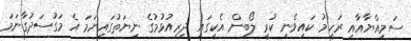
ސަމިއްޔާއާއި ރަހީމު ކައިވެނި ކުރީ ލޯބިން އެކީގައި ދިރިއުޅުމުގެ ނިޔަތުގައިނަމަ އެ މަގުސަދުގާނަމަ